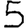
Digit: 5